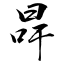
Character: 冔